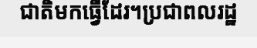
ជាតិមកធ្វើដែរ។ប្រជាពលរដ្ឋ